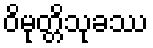
ဝိမုတ္တိသုခဿ